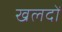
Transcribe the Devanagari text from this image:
खलदों